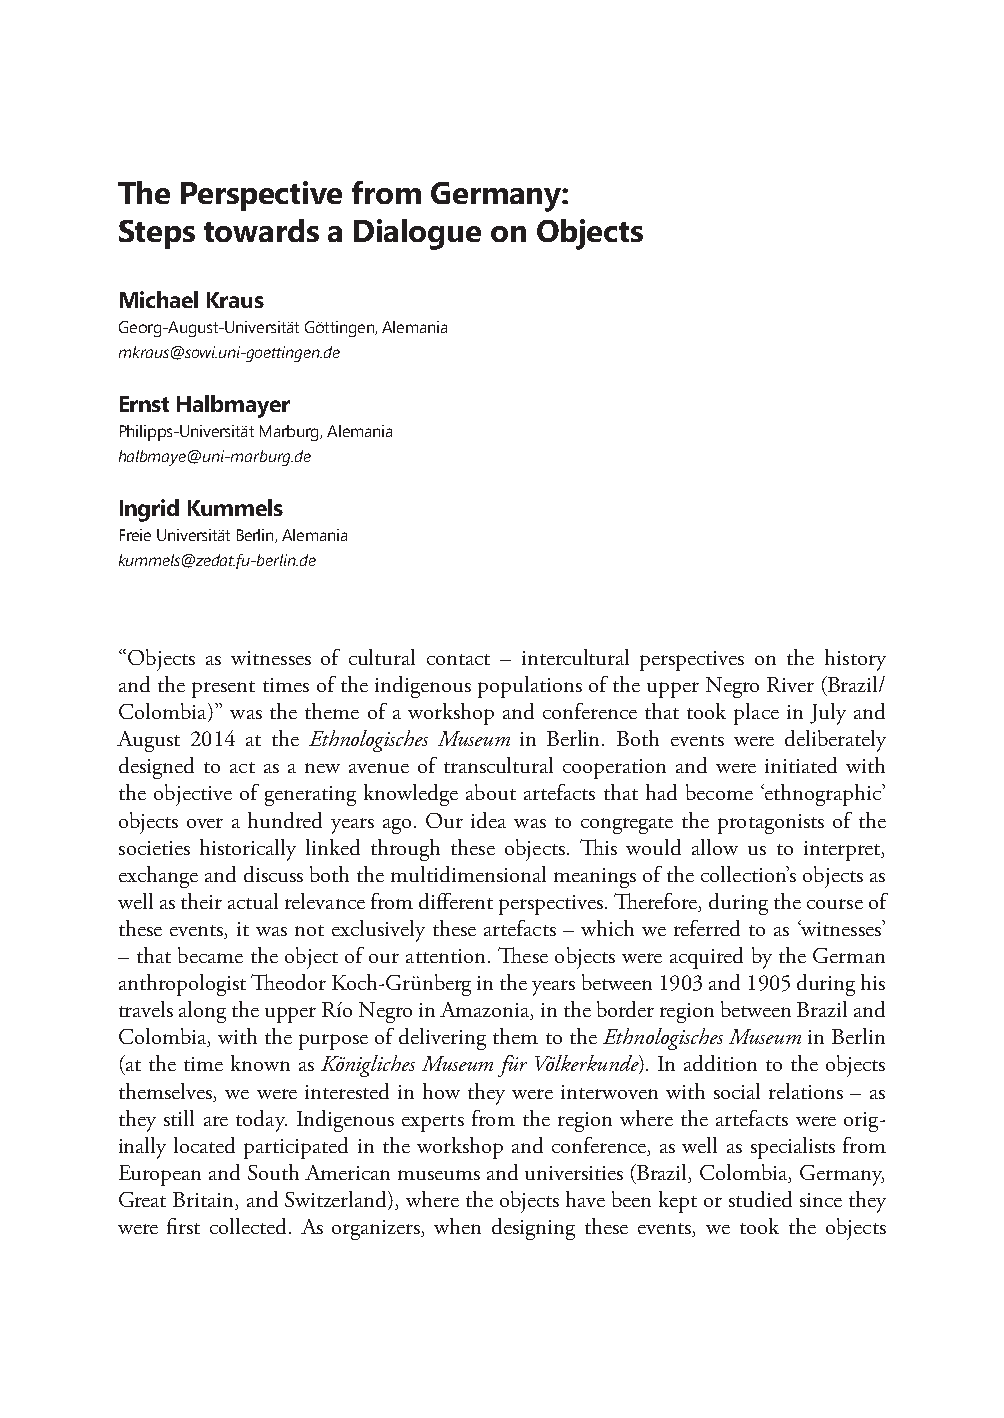
The Perspective from Germany:
 Steps towards a Dialogue on Objects
 Michael Kraus
 Georg-August-Universität Göttingen, Alemania
 mkraus@sowi.uni-goettingen.de
 Ernst Halbmayer
 Philipps-Universität Marburg, Alemania
 halbmaye@uni-marburg.de
 Ingrid Kummels
 Freie Universität Berlin, Alemania
 kummels@zedat.fu-berlin.de
 “Objects as witnesses of cultural contact – intercultural perspectives on the history
 and the present times of the indigenous populations of the upper Negro River (Brazil/
 Colombia)” was the theme of a workshop and conference that took place in July and
 August 2014 at the Ethnologisches Museum in Berlin. Both events were deliberately
 designed to act as a new avenue of transcultural cooperation and were initiated with
 the objective of generating knowledge about artefacts that had become ‘ethnographic’
 objects over a hundred years ago. Our idea was to congregate the protagonists of the
 societies historically linked through these objects. This would allow us to interpret,
 exchange and discuss both the multidimensional meanings of the collection’s objects as
 well as their actual relevance from different perspectives. Therefore, during the course of
 these events, it was not exclusively these artefacts – which we referred to as ‘witnesses’
 – that became the object of our attention. These objects were acquired by the German
 anthropologist Theodor Koch-Grünberg in the years between 1903 and 1905 during his
 travels along the upper Río Negro in Amazonia, in the border region between Brazil and
 Colombia, with the purpose of delivering them to the Ethnologisches Museum in Berlin
 (at the time known as Königliches Museum für Völkerkunde). In addition to the objects
 themselves, we were interested in how they were interwoven with social relations – as
 they still are today. Indigenous experts from the region where the artefacts were orig-
 inally located participated in the workshop and conference, as well as specialists from
 European and South American museums and universities (Brazil, Colombia, Germany,
 Great Britain, and Switzerland), where the objects have been kept or studied since they
 were first collected. As organizers, when designing these events, we took the objects